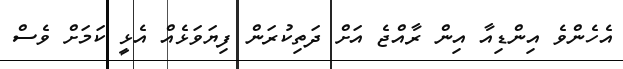
އެހެންވެ އިންޑިއާ އިން ރާއްޖެ އަށް ދަތިކުރަން ފިޔަވަޅެއް އެޅީ ކަމަށް ވެސް